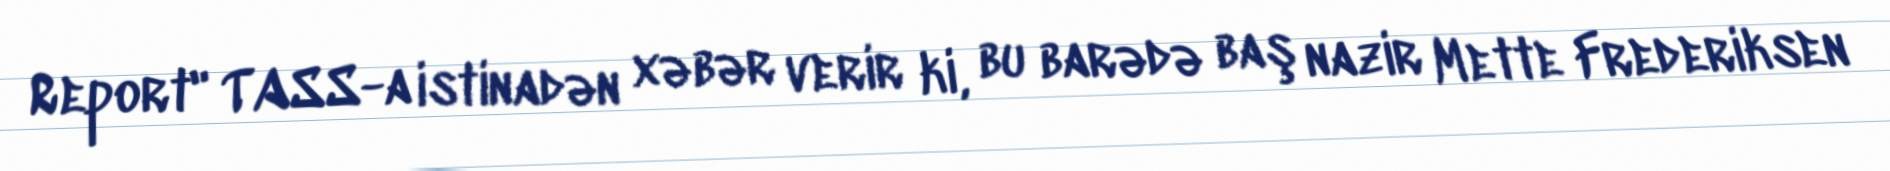
Report" TASS-a istinadən xəbər verir ki, bu barədə baş nazir Mette Frederiksen